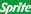
Sprite